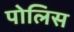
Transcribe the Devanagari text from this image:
पोलिस